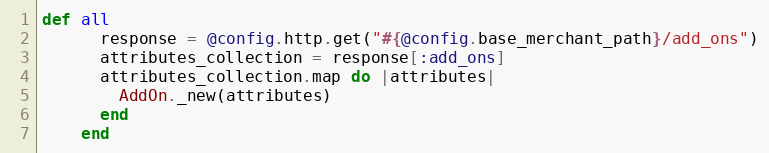
Language: Ruby
def all
      response = @config.http.get("#{@config.base_merchant_path}/add_ons")
      attributes_collection = response[:add_ons]
      attributes_collection.map do |attributes|
        AddOn._new(attributes)
      end
    end